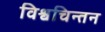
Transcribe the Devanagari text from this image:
विश्वचिन्तन